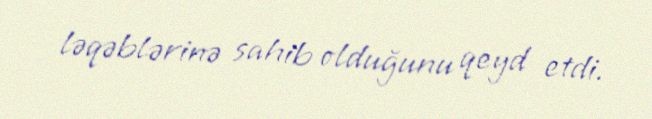
ləqəblərinə sahib olduğunu qeyd etdi.